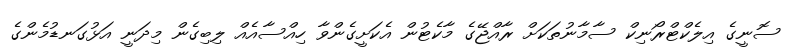
ސޮނީގެ އިލެކްޓްރޯނިކް ސާމާނުތަކަށް ރާއްޖޭގެ މާކެޓުން އެކަށީގެންވާ ހިއްސާއެއް ލިބިގެން މިދަނީ އަޅުގަނޑުމެންގެ